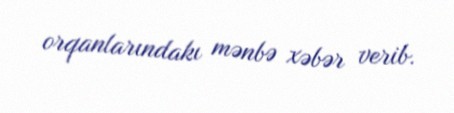
orqanlarındakı mənbə xəbər verib.